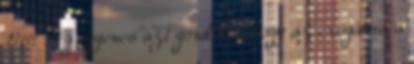
1969 még egyenes azt gondolta, hogy az exogámia a